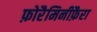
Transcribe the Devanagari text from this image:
फ़ोरैमिनीफ़ैरा